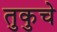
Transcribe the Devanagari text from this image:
तुकुचे